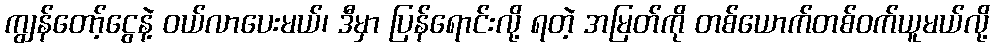
ကျွန်တော့်ငွေနဲ့ ဝယ်လာပေးမယ်၊ ဒီမှာ ပြန်ရောင်းလို့ ရတဲ့ အမြတ်ကို တစ်ယောက်တစ်ဝက်ယူမယ်လို့